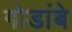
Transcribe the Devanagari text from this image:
गोडांबे